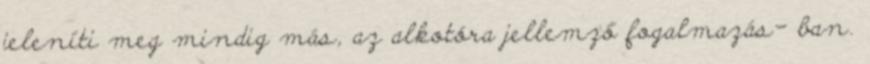
jeleníti meg mindig más, az alkotóra jellemző fogalmazás- ban.